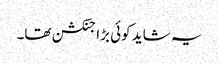
یہ شاید کوئی بڑا جنکشن تھا۔